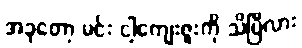
အခုတော့ မင်း ငါ့ကျေးဇူးကို သိပြီလား